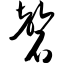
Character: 磬